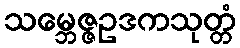
သမ္ဘေဇ္ဇဥဒကသုတ္တံ